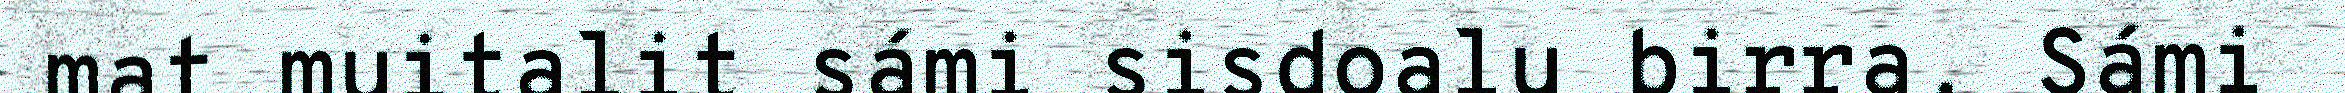
mat muitalit sámi sisdoalu birra. Sámi